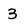
Character: 3